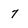
Character: 7